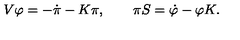
V \varphi = - \dot { \pi } - K \pi , \qquad \pi S = \dot { \varphi } - \varphi K .